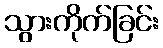
သွားကိုက်ခြင်း